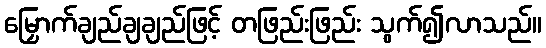
မြှောက်ချည်ချချည်ဖြင့် တဖြည်းဖြည်း သွက်၍လာသည်။